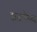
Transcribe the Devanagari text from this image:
हातगोळा